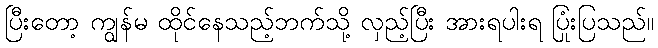
ပြီးတော့ ကျွန်မ ထိုင်နေသည့်ဘက်သို့ လှည့်ပြီး အားရပါးရ ပြုံးပြသည်။